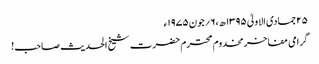
۲۵جمادی الاولیٰ ۱۳۹۵ھ ،۶؍جون ۱۹۷۵ء
گرامی مفاخر مخدوم محترم حضرت شیخ الحدیث صاحب!